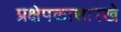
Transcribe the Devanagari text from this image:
प्रक्षेपकासारखे